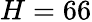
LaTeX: H=66